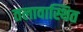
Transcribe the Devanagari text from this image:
तलावास्थित